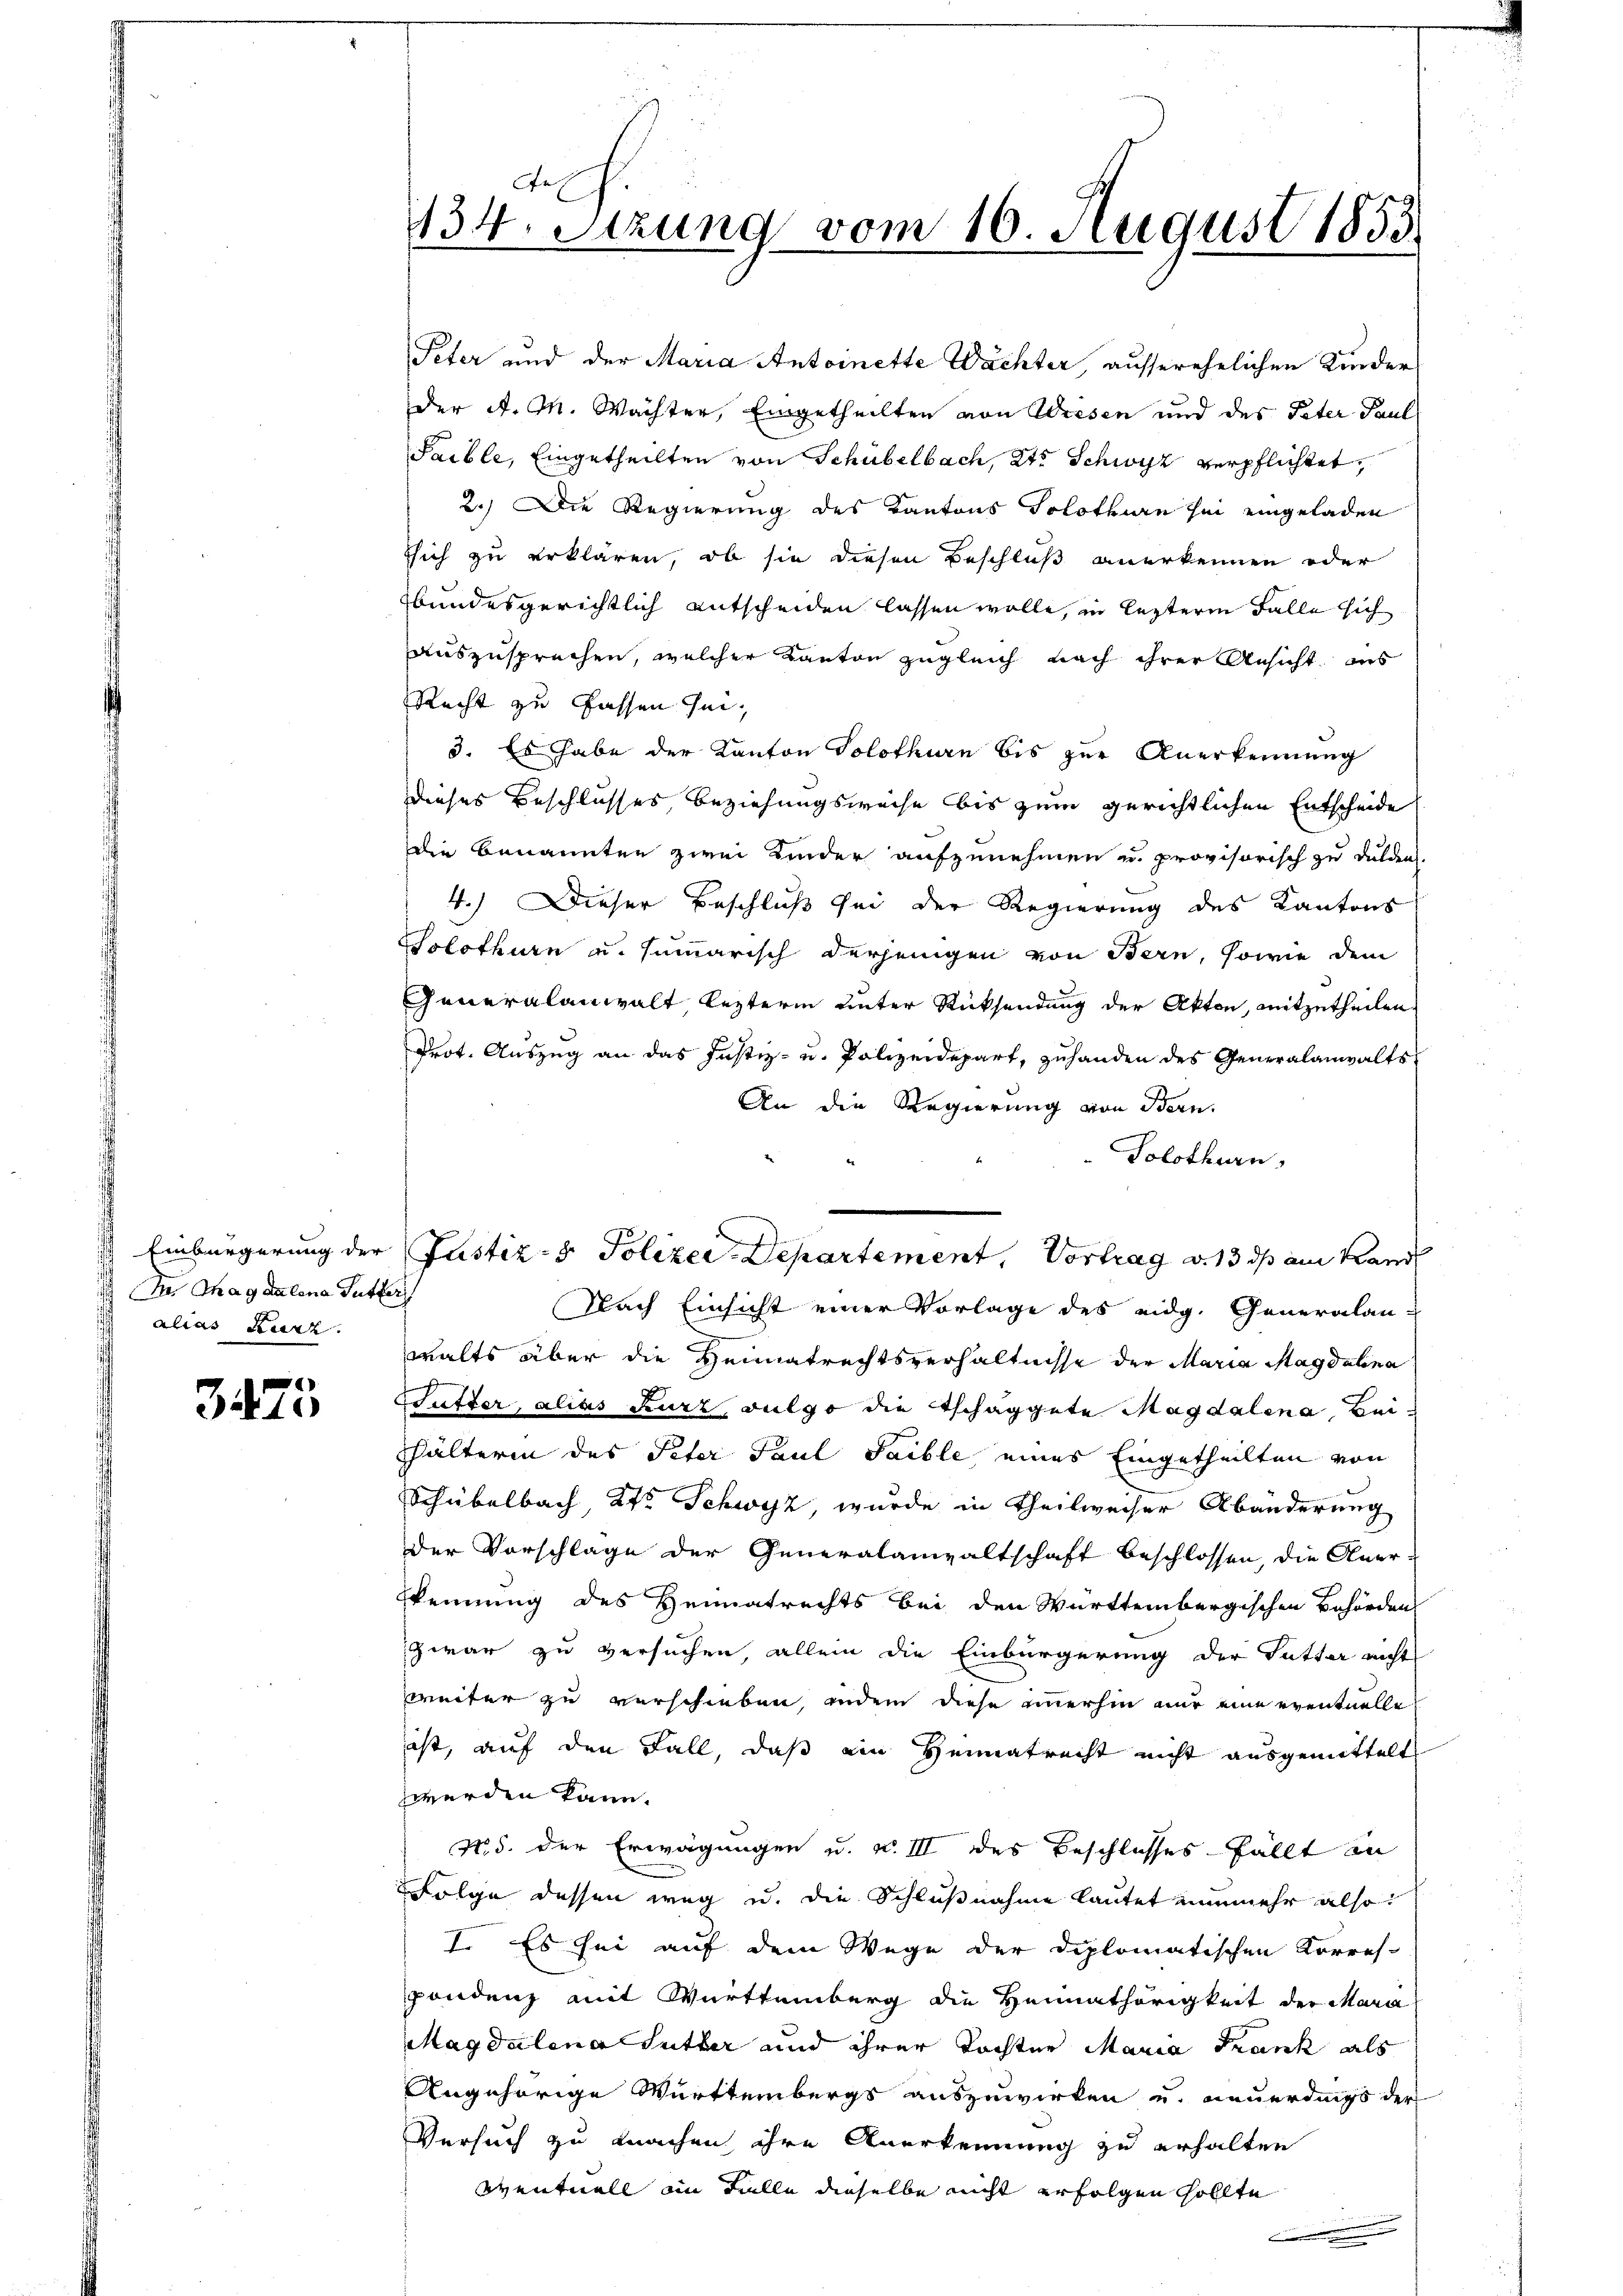
he Thagdalena Tutteri
alias Kurz.

3475

e
134. Sitzung vom 16. August 1855.

Peter und der Maria Antoinette Wächter, ausserehelichen Kinder
der A. M. Wächter, Eingetheilten von Wiesen und des Peter Paul
Saible, Eingetheilten von Schübelbach, 2te Schwyz verpflichtet,
2.) Die Regierung des Kantons Solothurn sei eingeladen
sich zu erklären, ob sie diesen Beschluß anerkennen oder
sbundesgerichtlich entscheiden lassen wolle, in lezterm Falle sich
auszusprechen, welcher Kanton zugleich nach ihrer Ansicht aus
Recht zu fassen sei,
3. Es habe der Kanton Solothurn bis zur Anerkennung
dieses Beschlusses Beziehungsweise bis zum gerichtlichen Entscheide
Die Benannten zwei Kinder aufzunehmen u. provisorisch zu dulden
4.) Dieser Beschluß sei der Regierung des Kantons
Solothurn und summarisch derjenigen von Bern, sowie dem
Generalanwalt lezterm unter Rücksendung der Akten, mitzutheilen
Prot. Auszug an das Justiz- u. Polizeidepart, zuhanden des Generalanwalts
An die Regierung von Bern.
Solothurn,
Nach Einsicht einer Vorlage des eidg. Generalan-
walts über die Heimatrechtsverhältnisse der Maria Magdalena
Sutter, alias Kurz, vulgo die Tschaggute Magdalena Beihälterin des Peter Paul Saible, eines Eingetheilten von
Schubelbach, Kts. Schwyz, wurde in Theilweiser Abänderung
der Vorschlage der Generalanwaltschaft beschlossen, die Aner-
kennung des Heimatrechts bei den Württembergischen Behörden
zwar zu versuchen, allein die Einbürgerung der Futter nicht
weiter zu verschieben, indem diese immerhin nur eine eventuelle
ist, auf den Fall, daß ein Heimatrecht nicht ausgemittelt
werden kann.
N. d. der Erwägungen u. v. III des Beschlusses fällt an
Folge dessen weg u. die Schlußnahme lautet nunmehr also:
I. Es sei auf dem Wege der Diplomatischen Korres-
pondenz mit Württemberg die Heimathörigkeit der Mari
Magdalena Sutter und ihrer Tochter Maria Frank als
Angehörige Württembergs auszuwirken u. neuerdings der
Versuch zu machen ihre Anerkennung zu erhalten
ventuell im Falle dieselbe nicht erfolgen sollte
.

Einbürgerung der Justiz- & Polizer-Departement, Vortrag v. 13 ds am Hand